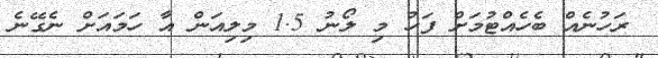
ރަހުނެއް ބެހެއްޓުމަށް ފަހު މި ލޯނު 1.5 މިލިއަން އާ ހަމައަށް ނެގޭނެ